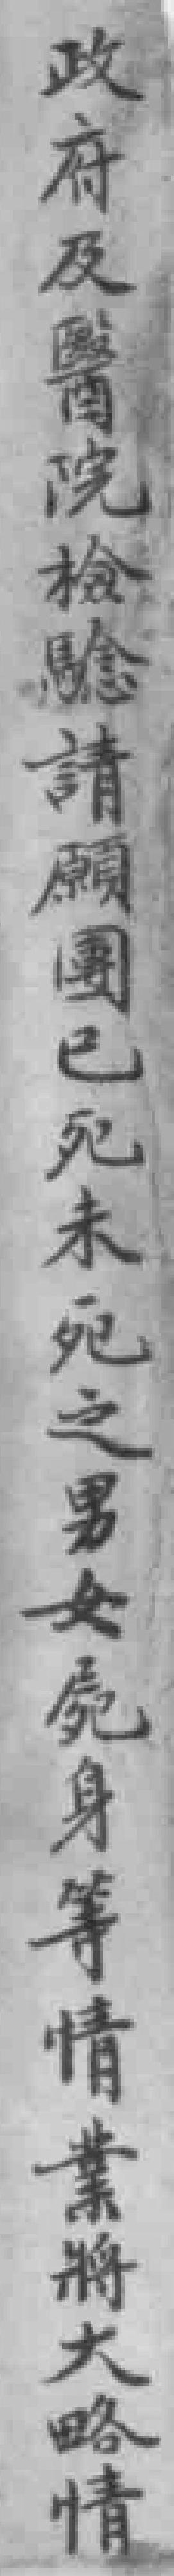
政府及醫院檢驗請願團已死未死之男女*身等情業將大略情